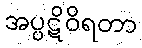
အပ္ပဋိဝိရတာ